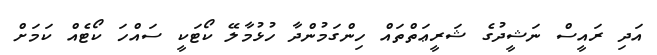
އަދި ރައީސް ނަޝީދުގެ ޝަރީޢަތްތައް ހިންގަމުންދާ ހުޅުމާލޭ ކޯޓަކީ ސައްހަ ކޯޓެއް ކަމަށް